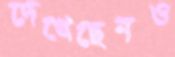
দেখেছেনও